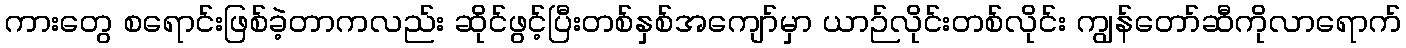
ကားတွေ စရောင်းဖြစ်ခဲ့တာကလည်း ဆိုင်ဖွင့်ပြီးတစ်နှစ်အကျော်မှာ ယာဉ်လိုင်းတစ်လိုင်း ကျွန်တော်ဆီကိုလာရောက်